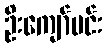
ဦးကျော်မင်း